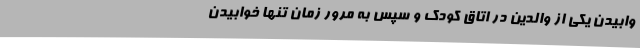
وابیدن یکی از والدین در اتاق کودک و سپس به مرور زمان تنها خوابیدن